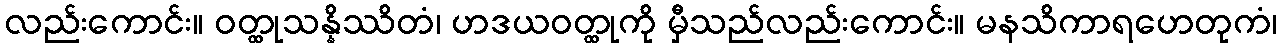
လည်းကောင်း။ ဝတ္ထုသန္နိဿိတံ၊ ဟဒယဝတ္ထုကို မှီသည်လည်းကောင်း။ မနသိကာရဟေတုကံ၊